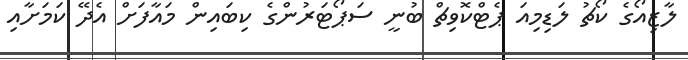
ލާޒިއޯގެ ކޯޗު ލަޑިމިއަ ޕެޓްކޮވިޗް ބުނީ ސަޕޯޓަރުންގެ ކިބައިން މައާފަށް އެދޭ ކަމަށާއި